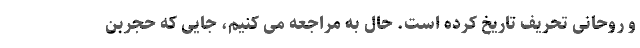
و روحانی تحریف تاریخ کرده است. حال به مراجعه می کنیم، جایی که حجربن